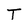
Character: T